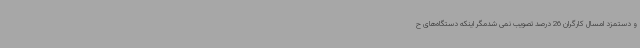
و دستمزد امسال کارگران 26 درصد تصویب نمی شدمگر اینکه دستگاه‌های ح